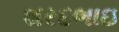
શરદભાઇ